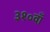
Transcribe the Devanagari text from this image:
३१०वाँ